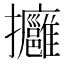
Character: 𢺠